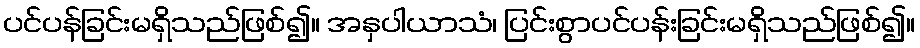
ပင်ပန်ခြင်းမရှိသည်ဖြစ်၍။ အနှပါယာသံ၊ ပြင်းစွာပင်ပန်းခြင်းမရှိသည်ဖြစ်၍။